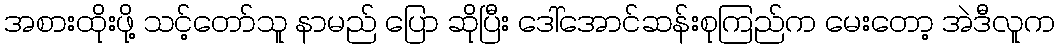
အစားထိုးဖို့ သင့်တော်သူ နာမည် ပြော ဆိုပြီး ဒေါ်အောင်ဆန်းစုကြည်က မေးတော့ အဲဒီလူက